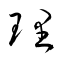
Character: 理